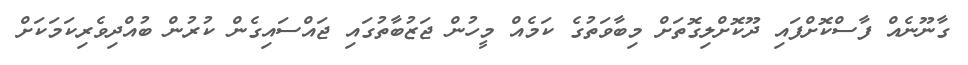
ގާނޫނެއް ފާސްކޮށްފައި ދޫކޮށްލިގޮތަށް މިބާވަތުގެ ކަމެއް މީހުން ޖަޒުބާތުގައި ޖައްސައިގެން ކުރުން ބުއްދިވެރިކަމަކަށް